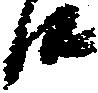
候